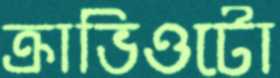
ক্রাভিওটো